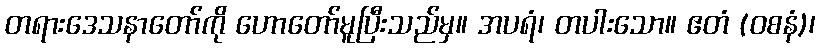
တရားဒေသနာတော်ကို ဟောတော်မူပြီးသည်မှ။ အပရံ၊ တပါးသော။ ဧတံ (ဝစနံ)၊